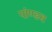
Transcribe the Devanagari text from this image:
पांण्‍डव